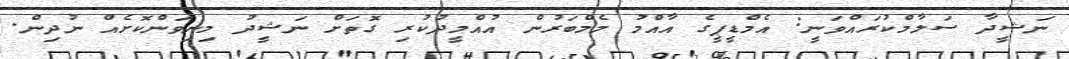
ނަޝީދާ ސަލާމްކުރައްވަނީ: އެމްޑީޕީގެ އާއްމު މެމްބަރުން އުއްމީދުކުރި ގޮތަށް ނަޝީދު މިނިވަންކޮށެއް ނުދިން.